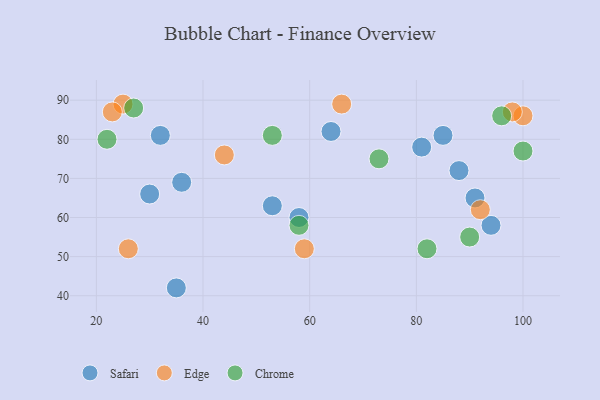
{"axis": {"x": "GDP", "y": "Life Expectancy"}, "legend": ["Chrome", "Edge", "Safari"], "data": [{"x": "88", "y": 72, "type": "Safari"}, {"x": "36", "y": 69, "type": "Safari"}, {"x": "58", "y": 60, "type": "Safari"}, {"x": "35", "y": 42, "type": "Safari"}, {"x": "81", "y": 78, "type": "Safari"}, {"x": "94", "y": 58, "type": "Safari"}, {"x": "85", "y": 81, "type": "Safari"}, {"x": "53", "y": 63, "type": "Safari"}, {"x": "91", "y": 65, "type": "Safari"}, {"x": "32", "y": 81, "type": "Safari"}, {"x": "64", "y": 82, "type": "Safari"}, {"x": "30", "y": 66, "type": "Safari"}, {"x": "25", "y": 89, "type": "Edge"}, {"x": "59", "y": 52, "type": "Edge"}, {"x": "92", "y": 62, "type": "Edge"}, {"x": "66", "y": 89, "type": "Edge"}, {"x": "100", "y": 86, "type": "Edge"}, {"x": "23", "y": 87, "type": "Edge"}, {"x": "98", "y": 87, "type": "Edge"}, {"x": "44", "y": 76, "type": "Edge"}, {"x": "26", "y": 52, "type": "Edge"}, {"x": "100", "y": 77, "type": "Chrome"}, {"x": "27", "y": 88, "type": "Chrome"}, {"x": "73", "y": 75, "type": "Chrome"}, {"x": "82", "y": 52, "type": "Chrome"}, {"x": "96", "y": 86, "type": "Chrome"}, {"x": "58", "y": 58, "type": "Chrome"}, {"x": "53", "y": 81, "type": "Chrome"}, {"x": "90", "y": 55, "type": "Chrome"}, {"x": "22", "y": 80, "type": "Chrome"}]}